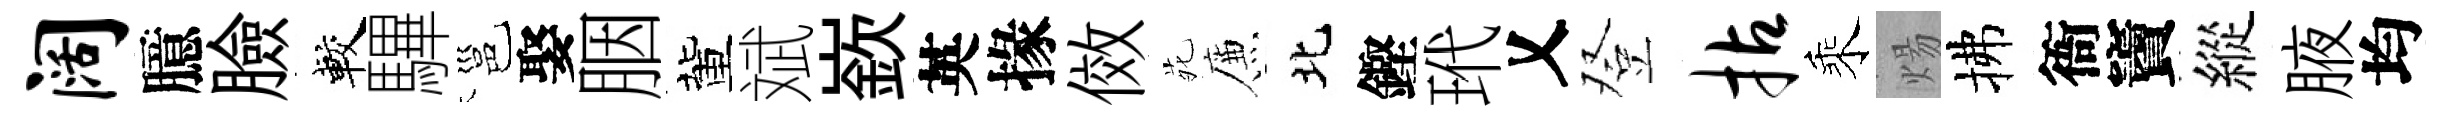
阔臆臉較驆邕娶胭董斌嶔英掾傚𫟍簾北鏗玳乂登拈乘煬拂衙竇縱腋均